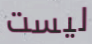
ليست